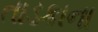
તાડકાના